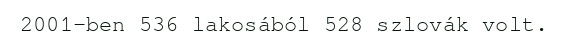
2001-ben 536 lakosából 528 szlovák volt.